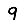
Digit: 9